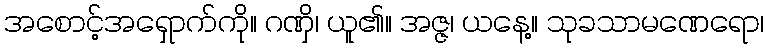
အစောင့်အရှောက်ကို။ ဂဏှိ၊ ယူ၏။ အဇ္ဇ၊ ယနေ့။ သုခသာမဏေရော၊